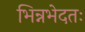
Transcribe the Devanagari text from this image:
भिन्नभेदतः